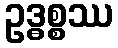
ဥဒ္ဓစ္စဿ